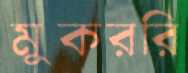
মুকররি